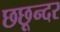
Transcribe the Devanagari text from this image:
छछून्दर